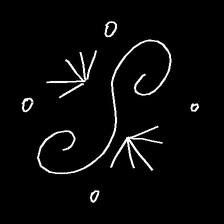
Glyph: aeroform